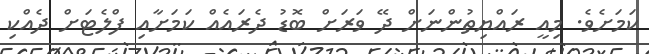
ކަމަށެވެ. މިއީ ރައްޔިތުންނަށް ދޭ ވަރަށް ބޮޑު ދެރައެއް ކަމަށާއި ފްލެޓަށް ދެއްކި